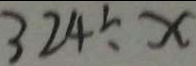
3 2 4 \div x